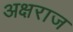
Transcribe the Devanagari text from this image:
अक्षराज